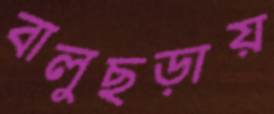
বালুছড়ায়